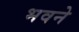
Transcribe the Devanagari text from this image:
भवने